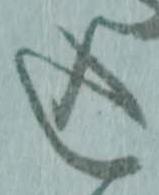
込